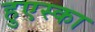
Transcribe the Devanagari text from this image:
हुएस्का